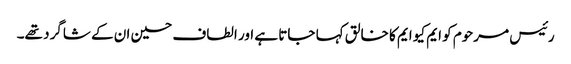
رئیس مرحوم کو ایم کیو ایم کا خالق کہا جاتا ہے اور الطاف حسین ان کے شاگرد تھے۔